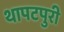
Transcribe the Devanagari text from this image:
थापटपुरी